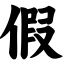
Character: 假